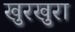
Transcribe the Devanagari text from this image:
खुरखुरा